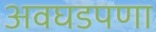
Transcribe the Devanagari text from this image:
अवघडपणा